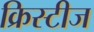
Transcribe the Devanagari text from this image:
क्रिस्टीज